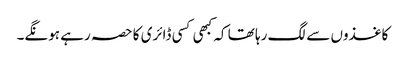
کاغذوں سے لگ رہا تھا کہ کبھی کسی ڈائری کا حصہ رہے ہونگے۔